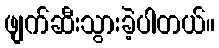
ဖျက်ဆီးသွားခဲ့ပါတယ်။